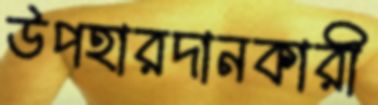
উপহারদানকারী